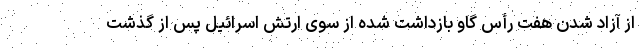
از آزاد شدن هفت رأس گاو بازداشت شده از سوی ارتش اسرائیل پس از گذشت